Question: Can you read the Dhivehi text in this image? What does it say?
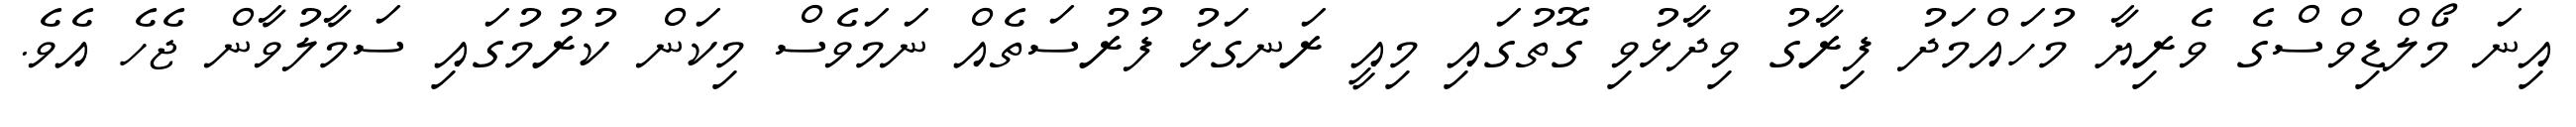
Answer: އިނަ މޯލްޑިވްސްގެ ވެރިޔާ މުހައްމަދު ފިރާގު ވިދާޅުވި ގޮތުގައި މިއީ ރަނގަޅު ފުރުސަތެއް ނަމަވެސް މިކަން ކުރުމުގައި ސަމާލުވާން ޖެހެ އެވެ.